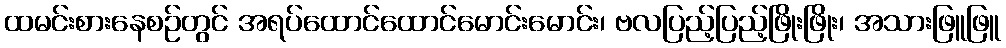
ထမင်းစားနေစဉ်တွင် အရပ်ထောင်ထောင်မောင်းမောင်း၊ ဗလပြည့်ပြည့်ဖြိုးဖြိုး၊ အသားဖြူဖြူ